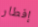
إفطار